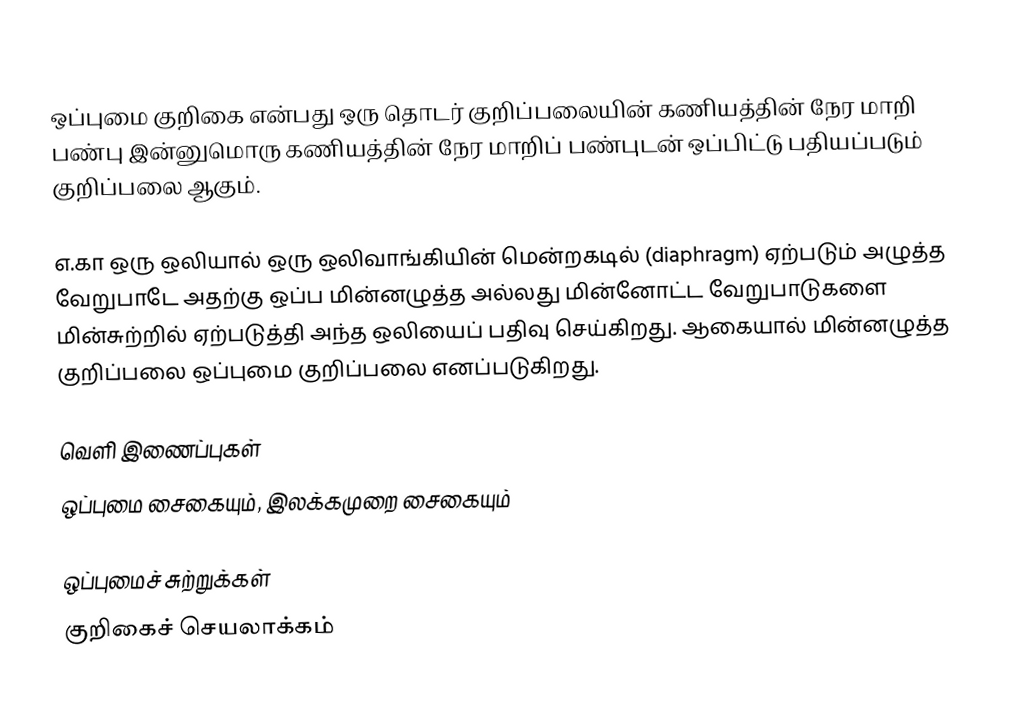
ஒப்புமை குறிகை என்பது ஒரு தொடர் குறிப்பலையின் கணியத்தின் நேர மாறி பண்பு இன்னுமொரு கணியத்தின் நேர மாறிப் பண்புடன் ஒப்பிட்டு பதியப்படும் குறிப்பலை ஆகும்.

எ.கா ஒரு ஒலியால் ஒரு ஒலிவாங்கியின் மென்றகடில் (diaphragm) ஏற்படும் அழுத்த வேறுபாடே அதற்கு ஒப்ப மின்னழுத்த அல்லது மின்னோட்ட வேறுபாடுகளை மின்சுற்றில் ஏற்படுத்தி அந்த ஒலியைப் பதிவு செய்கிறது. ஆகையால் மின்னழுத்த குறிப்பலை ஒப்புமை குறிப்பலை எனப்படுகிறது.

வெளி இணைப்புகள்
 ஒப்புமை சைகையும், இலக்கமுறை சைகையும்

ஒப்புமைச் சுற்றுக்கள்
குறிகைச் செயலாக்கம்